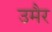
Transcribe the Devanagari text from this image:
उमैर